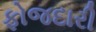
ફોજદારી